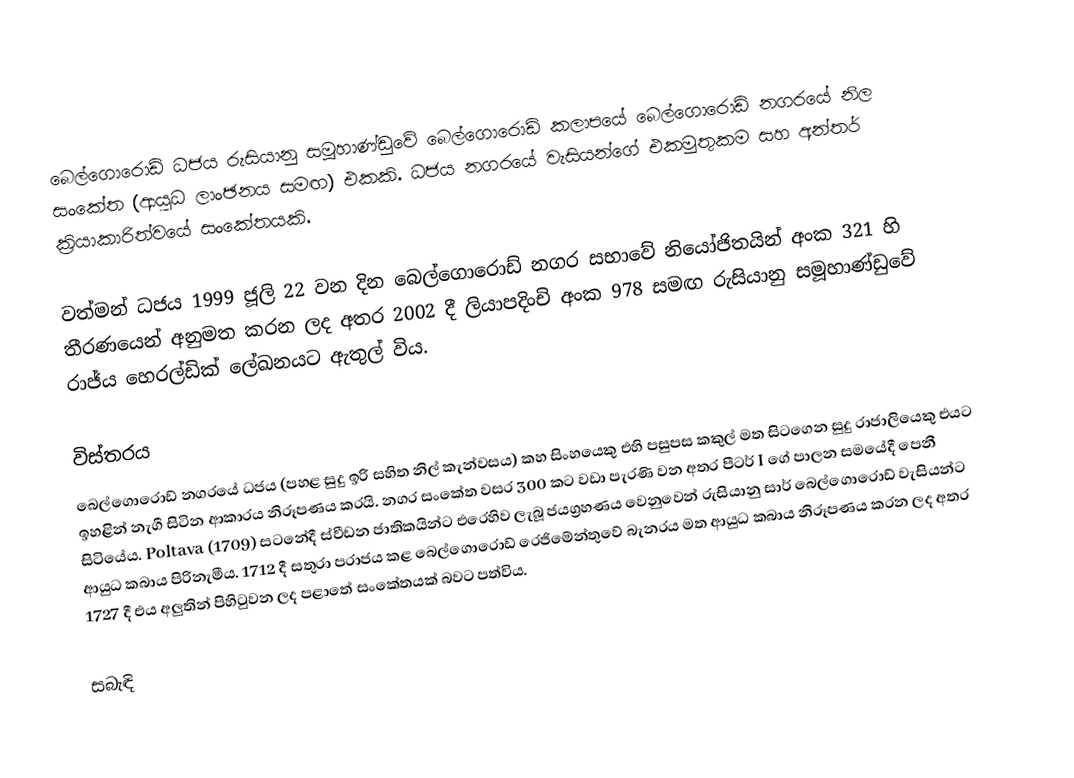
බෙල්ගොරොඩ් ධජය රුසියානු සමූහාණ්ඩුවේ බෙල්ගොරොඩ් කලාපයේ බෙල්ගොරොඩ් නගරයේ නිල සංකේත (ආයුධ ලාංඡනය සමඟ) එකකි. ධජය නගරයේ වැසියන්ගේ එකමුතුකම සහ අන්තර් ක්‍රියාකාරිත්වයේ සංකේතයකි.

වත්මන් ධජය 1999 ජූලි 22 වන දින බෙල්ගොරොඩ් නගර සභාවේ නියෝජිතයින් අංක 321 හි තීරණයෙන් අනුමත කරන ලද අතර 2002 දී ලියාපදිංචි අංක 978 සමඟ රුසියානු සමූහාණ්ඩුවේ රාජ්ය හෙරල්ඩික් ලේඛනයට ඇතුල් විය.

විස්තරය
බෙල්ගොරොඩ් නගරයේ ධජය (පහළ සුදු ඉරි සහිත නිල් කැන්වසය) කහ සිංහයෙකු එහි පසුපස කකුල් මත සිටගෙන සුදු රාජාලියෙකු එයට ඉහළින් නැගී සිටින ආකාරය නිරූපණය කරයි. නගර සංකේත වසර 300 කට වඩා පැරණි වන අතර පීටර් I ගේ පාලන සමයේදී පෙනී සිටියේය. Poltava (1709) සටනේදී ස්වීඩන ජාතිකයින්ට එරෙහිව ලැබූ ජයග්‍රහණය වෙනුවෙන් රුසියානු සාර් බෙල්ගොරොඩ් වැසියන්ට ආයුධ කබාය පිරිනැමීය. 1712 දී සතුරා පරාජය කළ බෙල්ගොරොඩ් රෙජිමේන්තුවේ බැනරය මත ආයුධ කබාය නිරූපණය කරන ලද අතර 1727 දී එය අලුතින් පිහිටුවන ලද පළාතේ සංකේතයක් බවට පත්විය.

සබැඳි